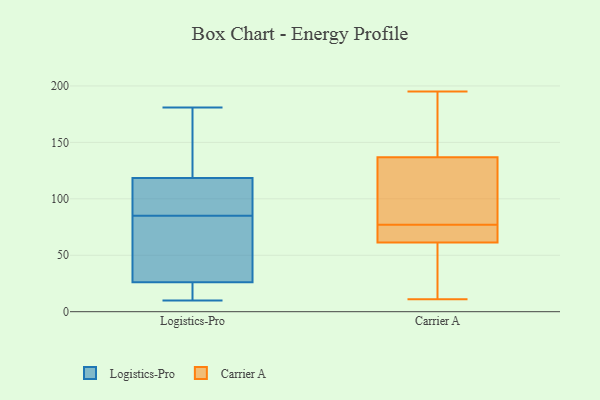
{"axis": {"x": "Page Views", "y": "Value"}, "legend": ["Carrier A", "Logistics-Pro"], "data": [{"x": "", "y": 181, "type": "Logistics-Pro"}, {"x": "", "y": 121, "type": "Logistics-Pro"}, {"x": "", "y": 77, "type": "Logistics-Pro"}, {"x": "", "y": 111, "type": "Logistics-Pro"}, {"x": "", "y": 103, "type": "Logistics-Pro"}, {"x": "", "y": 79, "type": "Logistics-Pro"}, {"x": "", "y": 15, "type": "Logistics-Pro"}, {"x": "", "y": 47, "type": "Logistics-Pro"}, {"x": "", "y": 166, "type": "Logistics-Pro"}, {"x": "", "y": 19, "type": "Logistics-Pro"}, {"x": "", "y": 85, "type": "Logistics-Pro"}, {"x": "", "y": 154, "type": "Logistics-Pro"}, {"x": "", "y": 97, "type": "Logistics-Pro"}, {"x": "", "y": 19, "type": "Logistics-Pro"}, {"x": "", "y": 10, "type": "Logistics-Pro"}, {"x": "", "y": 86, "type": "Carrier A"}, {"x": "", "y": 77, "type": "Carrier A"}, {"x": "", "y": 65, "type": "Carrier A"}, {"x": "", "y": 124, "type": "Carrier A"}, {"x": "", "y": 39, "type": "Carrier A"}, {"x": "", "y": 165, "type": "Carrier A"}, {"x": "", "y": 65, "type": "Carrier A"}, {"x": "", "y": 11, "type": "Carrier A"}, {"x": "", "y": 132, "type": "Carrier A"}, {"x": "", "y": 68, "type": "Carrier A"}, {"x": "", "y": 187, "type": "Carrier A"}, {"x": "", "y": 195, "type": "Carrier A"}, {"x": "", "y": 59, "type": "Carrier A"}, {"x": "", "y": 134, "type": "Carrier A"}, {"x": "", "y": 145, "type": "Carrier A"}, {"x": "", "y": 62, "type": "Carrier A"}, {"x": "", "y": 53, "type": "Carrier A"}]}